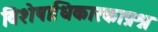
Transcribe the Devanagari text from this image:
विशेषाधिकारकाप्रश्न